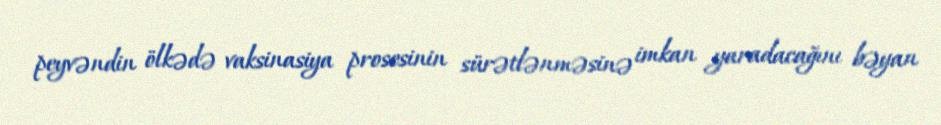
peyvəndin ölkədə vaksinasiya prosesinin sürətlənməsinə imkan yaradacağını bəyan